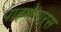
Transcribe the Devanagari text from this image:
पाइथेगारस